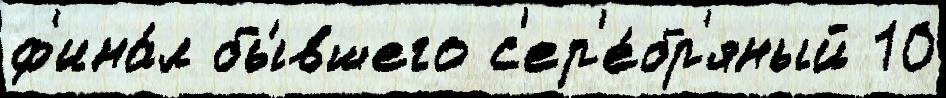
ф'ина́л бы́вшего с'ер'е́бр'яный 10